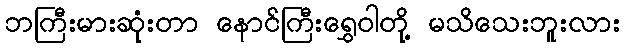
ဘကြီးမားဆုံးတာ နောင်ကြီးရွှေဝါတို့ မသိသေးဘူးလား